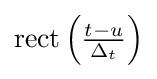
{\textstyle \operatorname {rect} \left({\frac {t-u}{\Delta _{t}}}\right)}